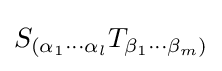
S_{(\alpha _{1}\cdots \alpha _{l}}T_{\beta _{1}\cdots \beta _{m})}